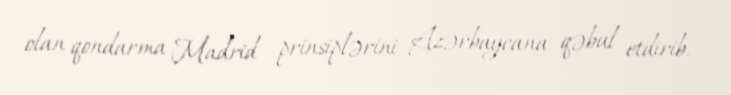
olan qondarma Madrid prinsiplərini Azərbaycana qəbul etdirib.